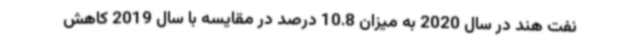
نفت هند در سال 2020 به میزان 10.8 درصد در مقایسه با سال 2019 کاهش